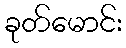
ခုတ်မောင်း